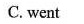
C. went